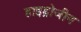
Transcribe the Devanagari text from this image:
हाइड्रोजीन